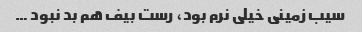
سیب زمینی خیلی نرم بود، رست بیف هم بد نبود …